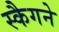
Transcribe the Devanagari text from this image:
स्कैगने